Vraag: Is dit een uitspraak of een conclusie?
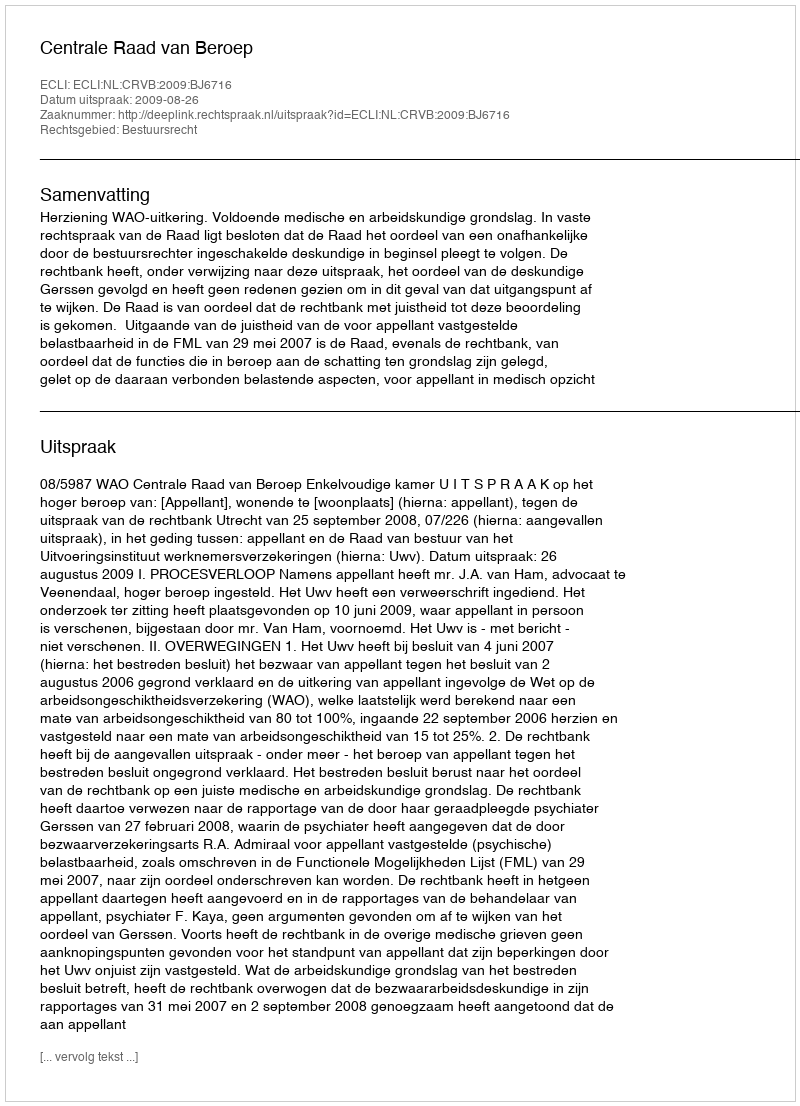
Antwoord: Uitspraak